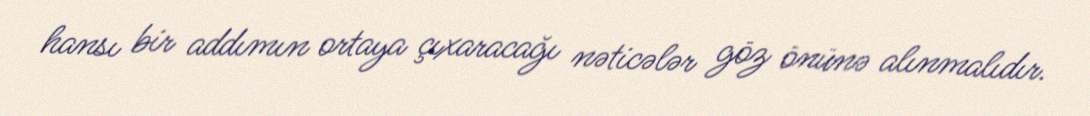
hansı bir addımın ortaya çıxaracağı nəticələr göz önünə alınmalıdır.